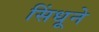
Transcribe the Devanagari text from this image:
सिंधूने